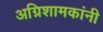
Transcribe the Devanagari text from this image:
अग्निशामकांनी